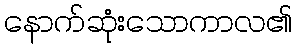
နောက်ဆုံးသောကာလ၏